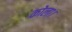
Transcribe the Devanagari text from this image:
कोला।